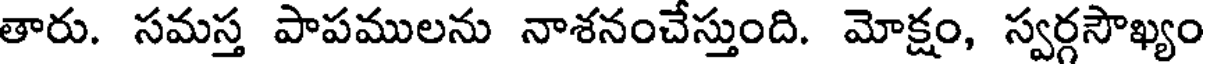
తారు. సమస్త పాపములను నాశనంచేస్తుంది. మోక్షం, స్వర్గసౌఖ్యం